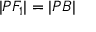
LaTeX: | P F _ { 1 } | = | P B |